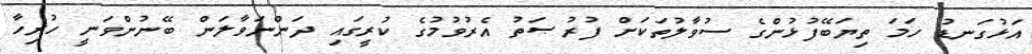
އަޅުގަނޑު ހަމަ ތިޔަބޭފުޅުންގެ ސުވާލުތަކަށް ފުރުޞަތު އެރުވުމުގެ ކުރީގައި ދަންނަވާލަން ބޭނުންވަނީ ހުރިހާ